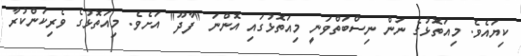
ކިޔައެވެ. މިއަތޮޅުގެ ނަން ނިސްބަތްވަނީ މިއަތޮޅުގައި އޮންނަ "ފާދޫ" އަށެވެ. މިއަތޮޅުގެ ވެރިކަންކުރާ